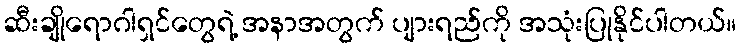
ဆီးချိုရောဂါရှင်တွေရဲ့ အနာအတွက် ပျားရည်ကို အသုံးပြုနိုင်ပါတယ်။